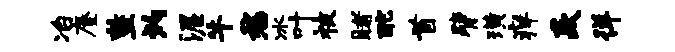
冶麈整灼渥牛愁冰叶被睹酡首臂璜痒焱徉